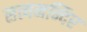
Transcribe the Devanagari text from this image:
सत्यमन्दिर